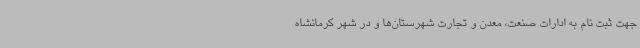
جهت ثبت نام به ادارات صنعت، معدن و تجارت شهرستان‌ها و در شهر کرمانشاه